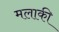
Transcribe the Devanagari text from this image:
मलाकी